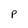
Character: P